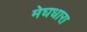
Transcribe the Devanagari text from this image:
मेघधारा